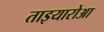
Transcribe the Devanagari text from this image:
ताइयारोआ